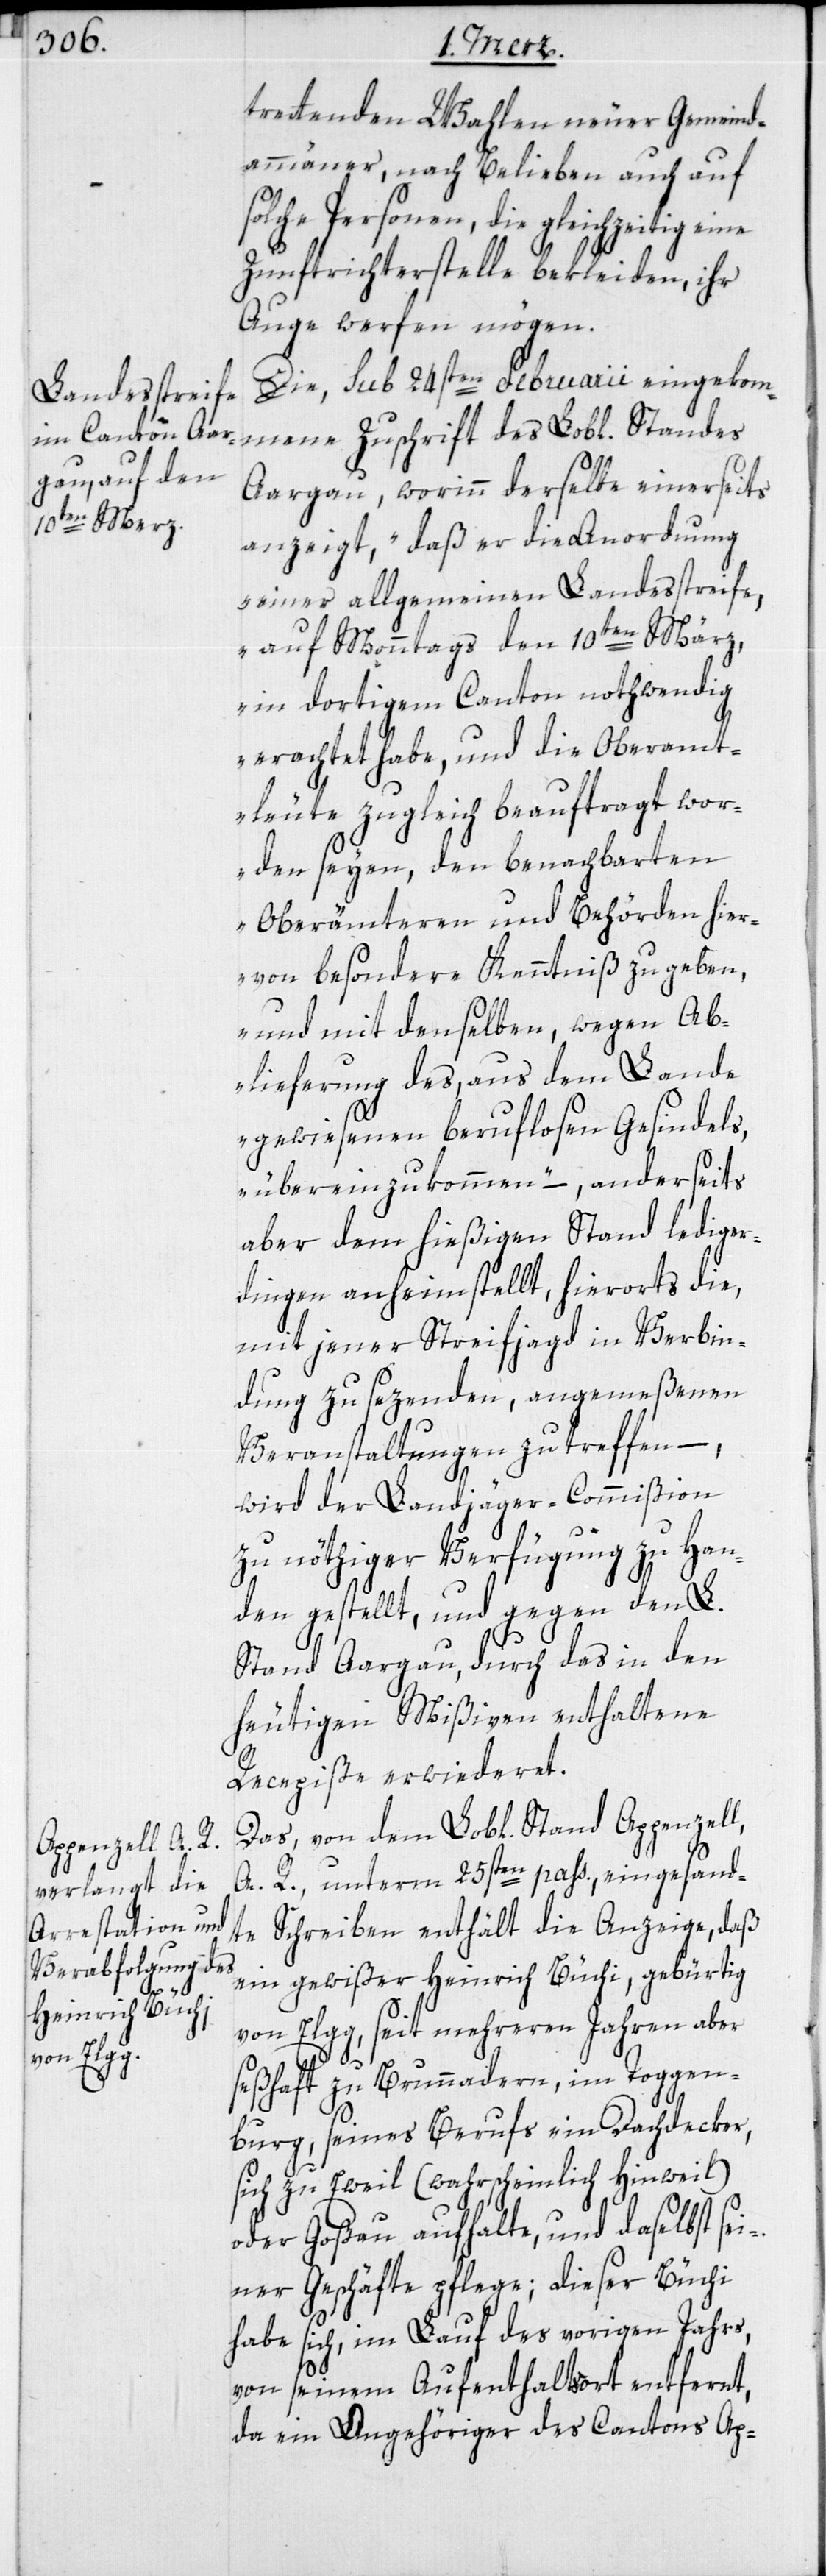
trettenden Wahlen neuer Gemeind¬
ammänner, nach Belieben auch auf
solche Personen, die gleichzeitig eine
Zunftrichterstelle bekleiden, ihr
Auge werfen mögen.
Die, sub 24sten Februarii eingekom¬
mene Zuschrift des Lobl. Standes
Aargau, worinn derselbe einerseits
anzeigt, „daß er die Anordnung
einer allgemeinen Landesstreife
auf Monntags den 10ten März,
in dortigem Canton nothwendig
erachtet habe, und die Oberamt¬
leute zugleich beauftragt wor¬
den seyen, den benachbarten
Oberämteren und Behörden hier¬
von besondere Kenntniß zu geben,
und mit denselben, wegen Ab¬
lieferung des, aus dem Lande
gewiesenen beruflosen Gesindels,
übereinzukommen,“ – anderseits
aber dem hießigen Stand lediger¬
dingen anheimstellt, hierorts die,
mit jener Streifjagd in Verbin¬
dung zu sezenden, angemeßenen
Veranstaltungen zu treffen, –
wird der Landjäger-Commißion
zu nöthiger Verfügung zu Han¬
den gestellt, und gegen den L.
Stand Aargau durch das in den
heutigen Mißiven enthaltene
Recepiße erwideret.
Das, von dem Lobl. Stand Appenzell,
A. R., unterm 25sten pass., eingesand¬
te Schreiben enthält die Anzeige, daß
ein gewißer Heinrich Büchi, gebürtig
von Elgg, seit mehreren Jahren aber
seßhaft zu Brunnadern, im Toggen¬
burg, seines Berufs ein Dachdecker,
sich zu Eweil (wahrscheinlich Hinweil)
oder Goßau aufhalte, und daselbst sei¬
ner Geschäfte pflege; dieser Büchi
habe sich, im Lauf des vorigen Jahrs,
von seinem Aufenthaltsort entfernt,
da ein Angehöriger des Cantons Ap-